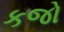
કજો